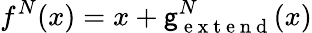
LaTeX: f^{N}(x)=x+\mathsf{g}_{\mathrm{{~e~x~t~e~n~d~}}}^{N}(x)